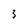
Character: 3